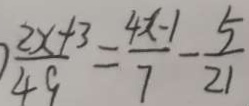
\frac { 2 x + 3 } { 4 9 } = \frac { 4 x - 1 } { 7 } - \frac { 5 } { 2 1 }